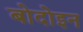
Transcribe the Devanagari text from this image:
बोदोइन